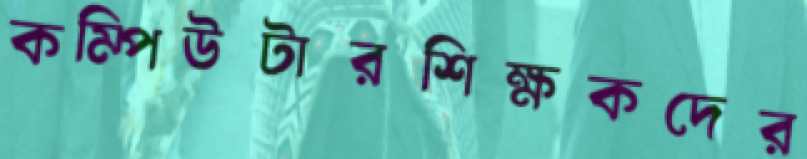
কম্পিউটারশিক্ষকদের